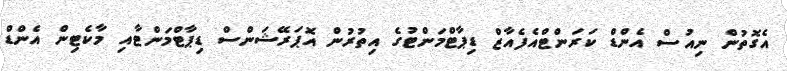
އެގޮތުން ނިއުސް އެންޑް ކަރަންޓްއެފެއާޒް ޑިޕާޓްމަންޓުގެ އިތުރުން އޮޕަރޭޝަންސް ޑިޕާޓްމަންޓާއި މާކެޓިން އެންޑް